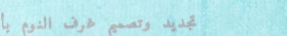
تجديد وتصميم غرف النوم بأ